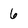
Character: 6